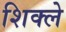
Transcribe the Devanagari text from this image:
शिक्ले